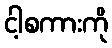
ငါ့စကားကို